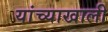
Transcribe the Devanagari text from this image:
यांच्याखाली